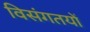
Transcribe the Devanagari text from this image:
विसंगतयों